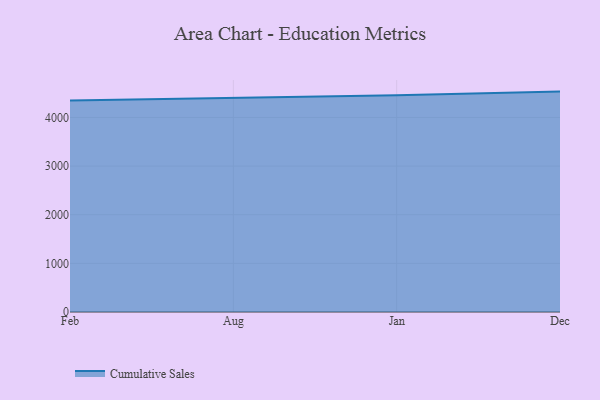
{"axis": {"x": "Month", "y": "Churn Rate (%)"}, "legend": ["Cumulative Sales"], "data": [{"x": "Feb", "y": 4348.5, "type": "Cumulative Sales"}, {"x": "Aug", "y": 4399.7, "type": "Cumulative Sales"}, {"x": "Jan", "y": 4454.4, "type": "Cumulative Sales"}, {"x": "Dec", "y": 4531.3, "type": "Cumulative Sales"}]}